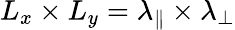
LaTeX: L_{x}\times L_{y}=\lambda_{\parallel}\times\lambda_{\perp}